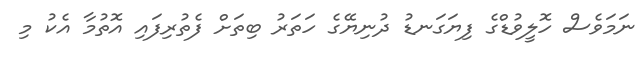
ނަމަވެސް ހޮލީވުޑްގެ ފިޔަގަނޑު ދުނިޔޭގެ ހަތަރު ބިތަށް ފެތުރިފައި އޮތުމާ އެކު މި